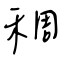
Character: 稠